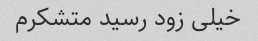
خیلی زود رسید متشکرم